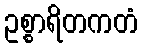
ဥစ္စာရိတကတံ